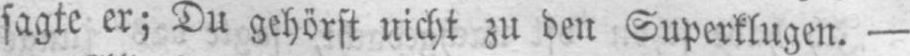
sagte er; Du gehörst nicht zu den Superklugen. -